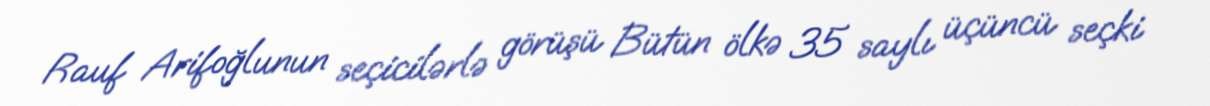
Rauf Arifoğlunun seçicilərlə görüşü Bütün ölkə 35 saylı üçüncü seçki